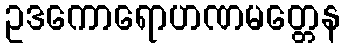
ဥဒကောရောဟဏမတ္တေန